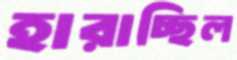
হারাচ্ছিল